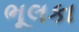
ભૂલકા